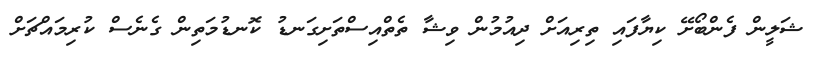
ޝަލީން ފެންބޯށޭ ކިޔާފައި ތިރިއަށް ދިއުމުން ވިޝާ ތެތްއިސްތަށިގަނޑު ކޮނޑުމަތިން ގެނެސް ކުރިމައްޗަށް